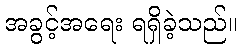
အခွင့်အရေး ရရှိခဲ့သည်။